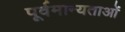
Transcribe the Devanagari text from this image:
पूर्वमान्यताओं